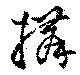
搆